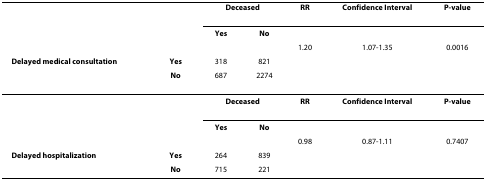
<table><thead><tr><td></td><td></td><td colspan="2"><b>Deceased</b></td><td><b>RR</b></td><td><b>Confidence Interval</b></td><td><b>P-value</b></td></tr><tr><td></td><td></td><td><b>Yes</b></td><td><b>No</b></td><td></td><td></td><td></td></tr><tr><td></td><td></td><td></td><td></td><td><b>1.20</b></td><td><b>1.07-1.35</b></td><td><b>0.0016</b></td></tr><tr><td><b>Delayed medical consultation</b></td><td><b>Yes</b></td><td><b>318</b></td><td><b>821</b></td><td></td><td></td><td></td></tr><tr><td></td><td><b>No</b></td><td><b>687</b></td><td><b>2274</b></td><td></td><td></td><td></td></tr></thead><tbody><tr><td></td><td></td><td colspan="2"><b>Deceased</b></td><td><b>RR</b></td><td><b>Confidence Interval</b></td><td><b>P-value</b></td></tr><tr><td></td><td></td><td><b>Yes</b></td><td><b>No</b></td><td></td><td></td><td></td></tr><tr><td></td><td></td><td></td><td></td><td>0.98</td><td>0.87-1.11</td><td>0.7407</td></tr><tr><td><b>Delayed hospitalization</b></td><td><b>Yes</b></td><td>264</td><td>839</td><td></td><td></td><td></td></tr><tr><td></td><td><b>No</b></td><td>715</td><td>221</td><td></td><td></td><td></td></tr></tbody></table>